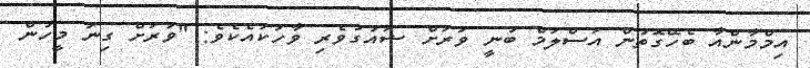
އިމްމާންއާ ބެހޭގޮތުން އަސްލަމް ބުނީ ވަރަށް ޝައުގުވެރި ވާހަކައެކެވެ: "ވަރަށް ގިނަ މީހުން